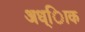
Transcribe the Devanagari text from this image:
अध्ािक